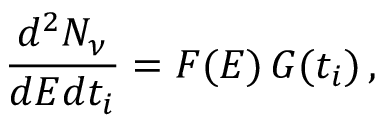
\frac { d ^ { 2 } N _ { \nu } } { d E d t _ { i } } = F ( E ) \, G ( t _ { i } ) \, ,